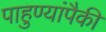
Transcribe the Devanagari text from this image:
पाहुण्यांपैकी